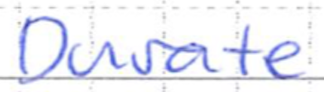
Text: Duarte
Cross-out: clean
Writing tool: ballpoint